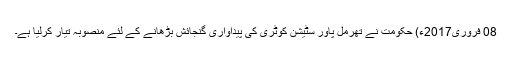
08 فروری2017ء) حکومت نے تھرمل پاور سٹیشن کوٹری کی پیداواری گنجائش بڑھانے کے لئے منصوبہ تیار کرلیا ہے۔